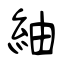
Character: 紬